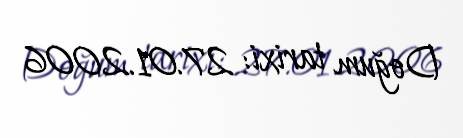
Doğum tarixi: 27.01.2006